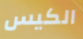
الكيس